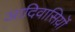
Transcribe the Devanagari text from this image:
आदिवासिय़ॊं